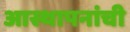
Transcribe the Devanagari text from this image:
आस्थापनांची